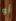
أو